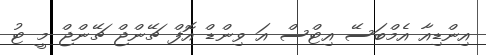
އިންޑިއާ އެމްބަސޭ އިޓްސް އަ ވިންޑް އޮފް ޗޭންޖް ޗޭންޖް މީ ޓު